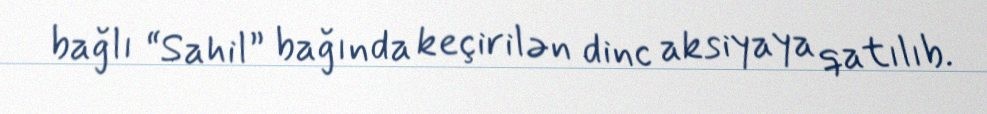
bağlı “Sahil” bağında keçirilən dinc aksiyaya qatılıb.